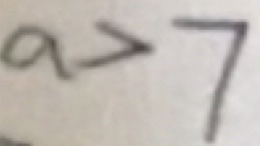
a > 7